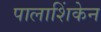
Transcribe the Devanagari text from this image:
पालाशिंकेन